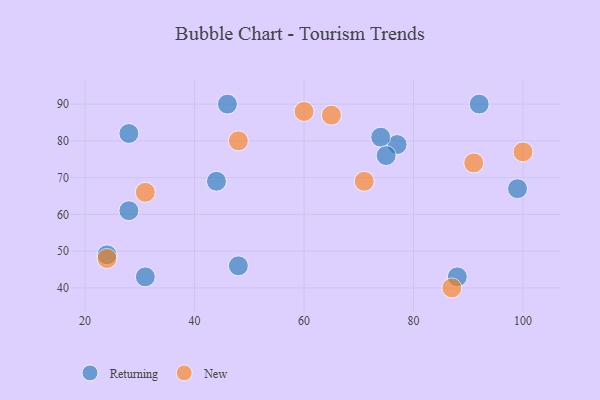
{"axis": {"x": "GDP", "y": "Life Expectancy"}, "legend": ["New", "Returning"], "data": [{"x": "24", "y": 49, "type": "Returning"}, {"x": "48", "y": 46, "type": "Returning"}, {"x": "99", "y": 67, "type": "Returning"}, {"x": "77", "y": 79, "type": "Returning"}, {"x": "88", "y": 43, "type": "Returning"}, {"x": "44", "y": 69, "type": "Returning"}, {"x": "74", "y": 81, "type": "Returning"}, {"x": "75", "y": 76, "type": "Returning"}, {"x": "92", "y": 90, "type": "Returning"}, {"x": "28", "y": 82, "type": "Returning"}, {"x": "46", "y": 90, "type": "Returning"}, {"x": "28", "y": 61, "type": "Returning"}, {"x": "31", "y": 43, "type": "Returning"}, {"x": "71", "y": 69, "type": "New"}, {"x": "60", "y": 88, "type": "New"}, {"x": "24", "y": 48, "type": "New"}, {"x": "91", "y": 74, "type": "New"}, {"x": "87", "y": 40, "type": "New"}, {"x": "100", "y": 77, "type": "New"}, {"x": "65", "y": 87, "type": "New"}, {"x": "48", "y": 80, "type": "New"}, {"x": "31", "y": 66, "type": "New"}]}